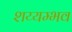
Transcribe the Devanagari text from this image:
शय्यम्भव